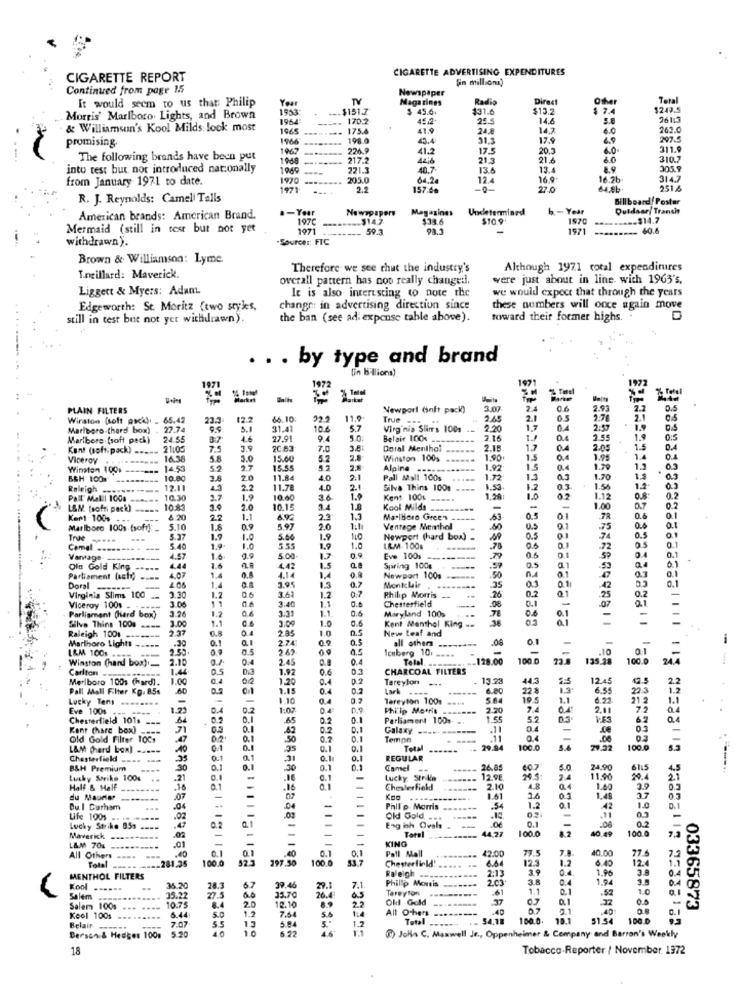
CIGARETTE ADVERTISING EXPENDITURES
CIGARETTE REPORT
[in million)
Continued from page 15
Newspaper
It would seem to us that: Philip
You
TV
Magazines
Radio
Direct
Other
Tetal
+
--- $151.7
$ 45.6.
131.6
$13.2
$ 7.4
$249.5
Morris' Marlboro. Lights, and Brown
1964
170.2
25.5
14.4
26113
& Williamsan's Kool Milds look most
1965
-.......
175.4
41.9
24.8
14.7
6.0
262.0
promising
1966
198.0
4.4
31.3
17.9
4.9
297.5
1967
226.9
41.2
17.5
20.3
6.0
311.0
The following brands have been put
1968
-------
217.2
21.3
21.6
60
310.7
into test but not introduced nationally
1049
721.1
10.7
13.6
13.4
8.9
305.9
from January 1971 to date.
1920
203.0
12.4
16.9
16.2b
314.7
1971
157:60
-0-
22.0
251.6
R. J. Reynolds: Cameli Talls
billboard/Poster
a-Year
Newspapers
Magazines
Undetermined
h - Year
Quidaar Tranche
American brands: American Brand.
197C
$14.7
$TO.9'
1970
-- $14.7
Mermaid (still in text but not yet
1971
-- 59.3.
98.3
1971
--- 60.6
withdrawn ).
Source :: FTC
Brown & Williamson: Lyme
Therefore we see chut the industry's
Although 1971 total expenditures
Tocillard: Maverick.
overall pattern has not really changed,
were just about in line. with 1963's,
Liggert & Myers: Adam.
It is also interesting to note the
we would expect that through the years
Edgeworth: St. Moritz (two styles,
changr: in advertising direction since
these numbers will once again move
still in test but not yer withdrawn).
the ban (see ad expense table above).
toward their former highs ..
. . . by type and brand
lin billions)
1971
PLAIN FILTERS
Newport (inft pack)
3.07
06
2.9
Wirston (soft andk). . 65.42
23.3
12.2
66.10
229
11.9
True ===
2.45
2.1
0.5
2.7g
2.1
Marlboro-(hard box) . 27.74
5.
31.41
10.6
5.7
Virginia Slimrs 100s
2.20
1.7
2:57
Marlbore (soft peck)
24.55
4.6
22.91
5.0.
Belair 100% --
2.16
1.55
1.9
0:5
Kant (soft. pack)
21:05
7,5
3.5
2CA3
7.0
2.8
Doral Menthol
2.18
1.7
04
2.05
1.5
D.A
Viceroy
16.38
5.8
3.0
15.6
5.2
Winston 100s
1.90
1.5
1.95
Winston 100
14.55
59
2.7
15.55
2.
Alpine
1.92
1.5
0.4
1.79
1.3
0.3
B&H 100
10.80
3.8
2.0
11.84
4.0
2.1
Pall Mall 100s
1.72
1.3
0.3
1.70
Raleigh .
12.1
2.2
11.7
4.0
2.
Silva Thins 1001
1.53
1.2
0.3
1.54
12
..... .......
Pall Malll 100g
10.30
2.7
1.9
10.60
3.6
Kent -100% =====
1.20:
02
1.12
0.8
0.2
L&N. (sofri pack)
10.33
2.0
10.15
1.3
Kool Milds
1.00
0.7
0.2
Kert 100s
8.20
22
1.1
6.92
2.3
15
Marlboro Green
0.5
0.1
0.6
0.1
Marlboro 1001 (soft] :_
5.10
1.8
0.9
5.97
2.0
Ventage Menthol
0.5
0.1
.75
...
5.37
1.9
1.0
5.00
1.9
Newport (hard box) -
0.5
74
0.5
Camel ..
5.40
1.9
1.0
555
1.9
1.0
LA.M. 100g
.78
72
0.1
Vantage
4.57
1.6
5.00
Eve 100 ---------
0.6
0.4
0.1
Oin Gold King
4.44
1.6
4.42
1.5
Spring 100g
0.5
ru
0.1
Parliament facto)
4.07
1.4
0.8
0.8
Newport 100s
.50
0.3
Doral -------
1.4
3.95
1.2
07
Montclair
.35
42
Virginia Slims 100
1.2
0.6
3.61
1.1
1.2
0.6
Philip Morris -.
Chesterfield
26
0.2
Q.1
-25
-07
0.2
21
Viceroy 1001 -
3.26
11
1.2
3.31
3.40
1.1.
0.6
Maryland 100%
.78
0.1
0.6
Parliament Chard box)
1.
1
Kent Menthol King -.
36
=
Silva Thins 1001 ====
2.37
3.00
6.8
0.4
3.00
2.85
1.0
05
New Leaf and
Raleigh 1001 ---
0.1
01
2.74
09
0.5
all others
.00
0.1
-
Marlboro Lights
2.55
.30
0.0
269
05
Iceberg 10.
---.
-
.10
L&M 100s ---
-
2.10
0.4
2.45
0.9
04
Telal
-128.00
100.0
-
135.28
100.0
01
Winston (hand box).
Carlton
1.44
0.5
Di3
1.92
0.3
CHARCOAL FILTERS
Marlboro 1001 (hard).
1.00
1.20
0.4
0.2
Tareylon
445
12.45
Pall Mall Filter Kg. 85s
.60
D.5
0.4
0.2
Lark ----
------
6.80
22 8
6.55
22.3
Lucky Ten ........
-
1.10
0.4
Tareyton 1001
10
6.22
Eve 100% --- --**
1.21
D.4
0.7
1:02
0€
Philip Merril ass
---
2.20
7.4
2,81
Chesterfield 101s
0.1
0.2
0.1
Parliament 100.
1.55
5.2
0.5
6.2
Kent (hard box) ----
0.2
Galaxy --
04
-
Old Gold Filter TOCs
0.1
50
0.2
0.1
Tempo
0.4
L&M (herd box) -----
0.1
0.1
0.1
Tela
-----
29.94
100.0
79.32
100.0
Chesterfield === s.
0.1
0.1
.31
0.11
0.
REGULAR
B&H Premium
30
0.1
0.1
0.
Camel
26.85
60.7
5.0
24,90
6115
Lucky Strike 100%
.21
0.1
0.1
Lucky Strike
12.98
2.4
11.00
Half & Half
0.1
.16
0.1
Chesterfield
..
2.10
0.4
1.40
3.9
du Maurise
-------
.07
-
07
----.
1.41
26
1.2
0.1
1.48
3.7
0.5
Du.I Durham
.04
.04
Phil p. Morris
--
.54
42
1.0
Life 100%
---
.02
-
.02
Old Gold
0.3
Lucky Strike 05s
0.1
Lag ich Ovals
Toro
--
44.27
100.0
8.2
-
40.49
100 0
0.2
Maverick
.02
KING
L&M 70% ------
.40
.01
0.1
Pall Mall
42.00
77.5
40.00
77.6
All Others ....
281.35
100.0
52.3
297.30
100.0
0.1
Chesterfield!
664
12.3
6.40
12.4
73
Total
Raleigh
2:13
39
04
1.96
0.4
MENTHOL FILTERS
Phillip Morris
-----
2.03.
0.4
1.04
Kool
..
36.20
28.
67
39.46
29.1
7.1
Tareyton
1.1
1.0
Salem
35.22
10.75
27.5
35.70
26.4
Old Gold
0.1
.52
.32
0.0
Salem 100s
6.44
2.0
1.2
12.10
2.2
All Others
-----
40:
0.1
03365873
Keel 1001
7-07
5.0
7.64
5.84
5.0
1.4
Total
54.18
100.0.
51.54 100.0
Belair-
5.20
5.5
40
6.22
is
1.2
Bersch & Hedges 100g
() John C. Maxwell Je ., Oppenheimer & Company and Barron's Weekly
18
Tobacco.Reporter / November. 1972